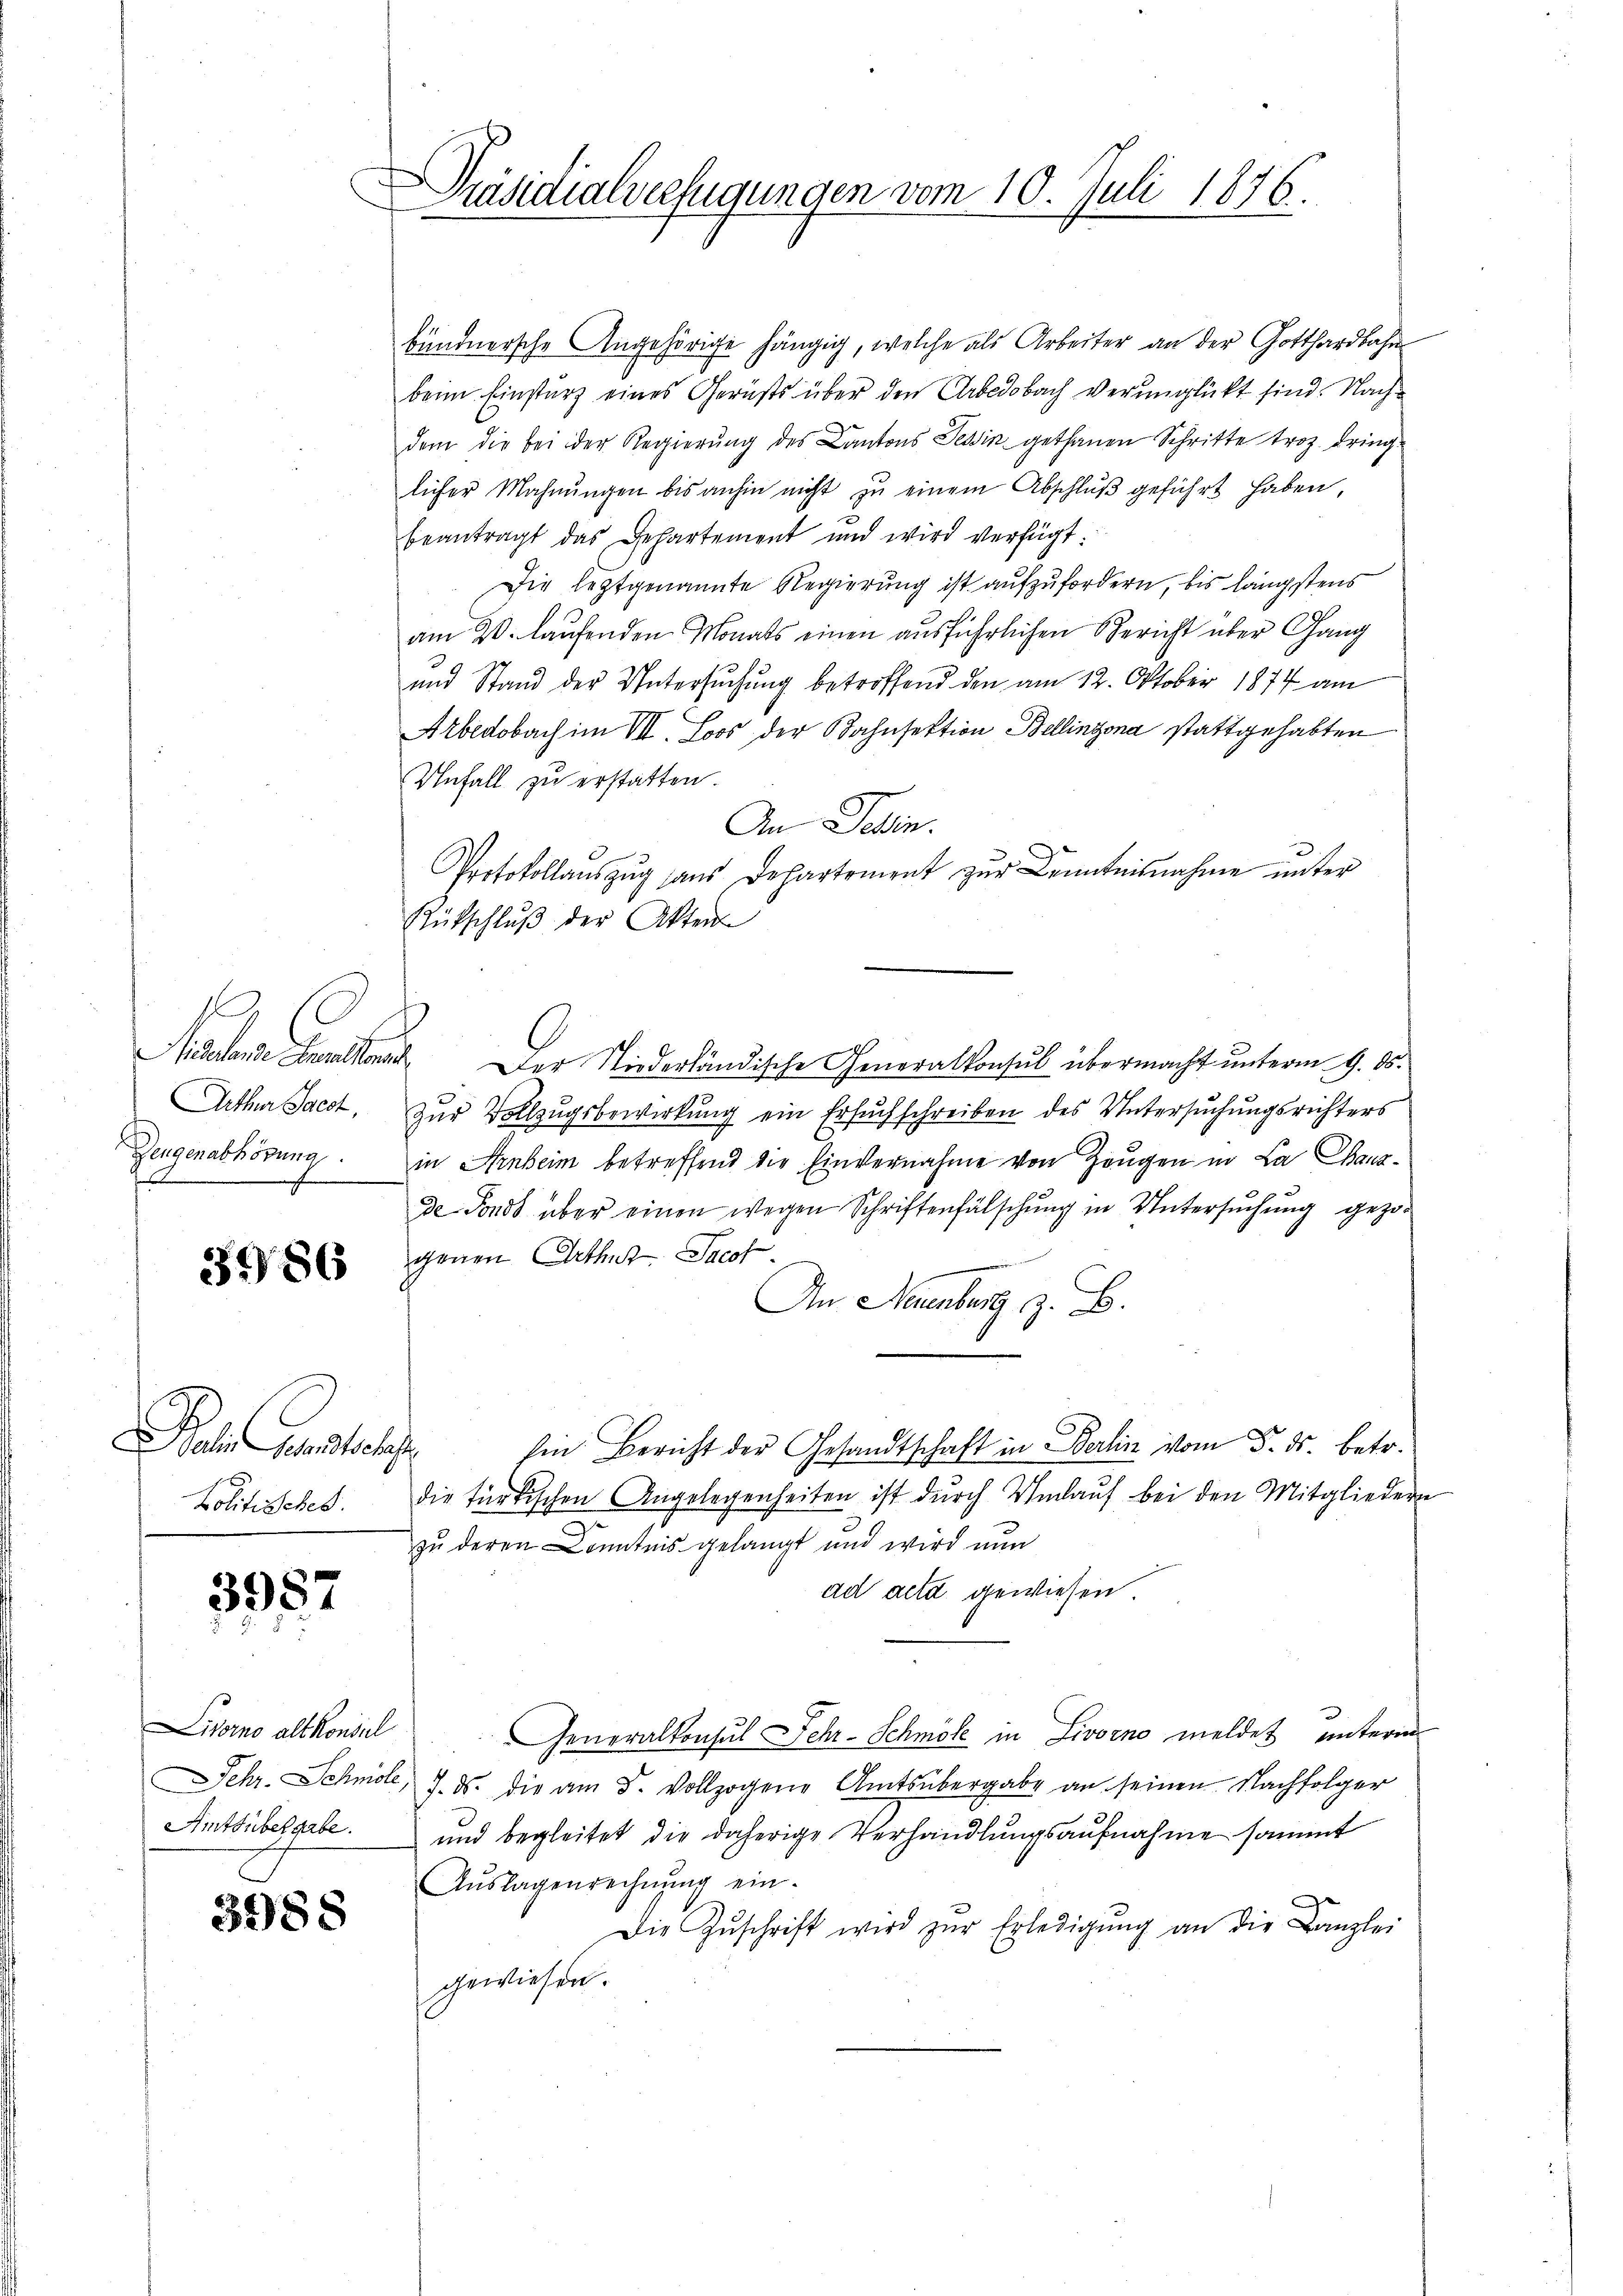
f
Dengenabhörung
A
s

3986

oi entschaft
Politischek.

3957

Livorno alt Konsul

3988

Präsidialverfügungen vom 10. Juli 1876.
F

bündnersche Angehörige hängig, welche als Arbeiter an der Gotthardbahn
beim Einsturz eines Gerichts über den Arbedobach verunglückt sind. Nachdem die bei der Regierung des Cantons Tessin gethanen Schritte troz dring
licher Mahnŭngen bis anhin nicht zŭ einem Abschlŭβ geführt haben,
beantragt das Departement und wird verfügt:
Die leztgenannte Regierung ist aufzufordern, bis längstens
am 20. laufenden Monats einen ausführlichen Bericht über Gang
und Stand der Untersuchung betroffend den am 12. Oktober 1874 am
Arbedobach im VII. Loos der Bahnsektion Bellinzona stattgehabten
Unfall zu erstatten.
An Teßin.
2
Protokollauszug sans Departement zur Kenntnisnahme unter
Rütschlŭβ der Akten
Fidelenden. Der Niederländische Generalkonsul übermacht unterm 9. ds.
Artha Jacot, zur Vollzugsbewirkung ein Ersuchschreiben des Untersuchungsrichters
in Anbeim betreffend die Einvernahme von Zeugen in La Chausde Fonds über einen wegen Schriftenfälschung in Untersŭchŭng gezogenen Arthut. Jacot
An Neuenburg z. B.
Ein Bericht der Gesandtschaft in Berlin vom 5. ds. betr.
die türkischen Angelegenheiten ist durch Umlauf bei den Mitglieder
zu deren Kenntnis gelangt und wird nun
ad acta gewiesen.
Generalkonsul Lehr-Schmöle in Livorno meldet unterm
Jehr. Schmöl, 7. ds. die am 5. Vollzogene Amtsübergabe an seinen Nachfolger
Amtsübergabe und begleitet die daherige Verhandlungsaufnahme sammt
Aŭslagenrechnŭng ein-
Die Zŭschrift wird zŭr Erledigŭng an die Kanzlei
gewiesen.